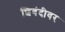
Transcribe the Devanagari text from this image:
शिबंदीवर